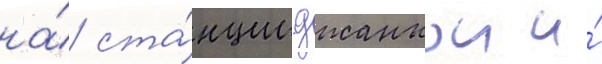
на́ ста́нции джанкои и́